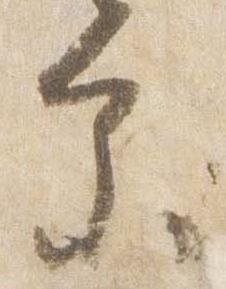
参